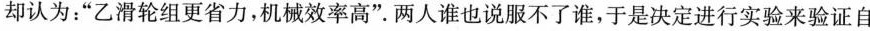
却认为：”乙滑轮组更省力，机械效率高”两人谁也说服不了谁，于是决定进行实验来验证自